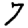
Digit: 7